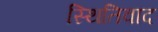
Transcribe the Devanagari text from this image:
स्थितिवाद